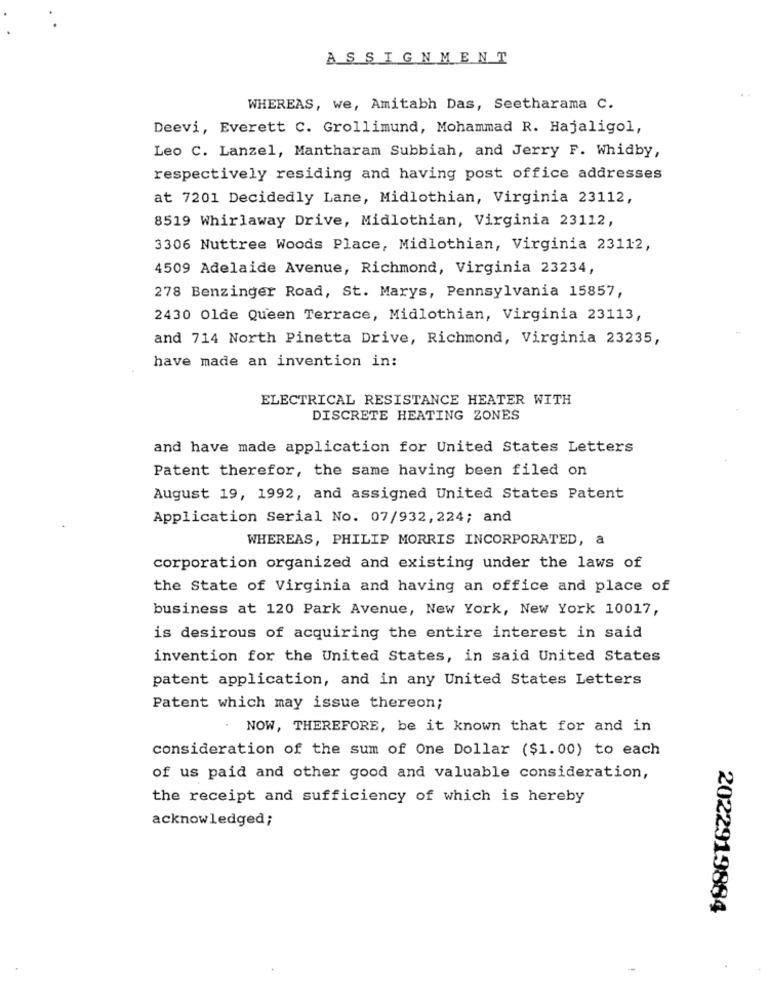
ASSIGNMENT
WHEREAS, we, Amitabh Das, Seetharama C.
Deevi, Everett C. Grollimund, Mohammad R. Hajaligol,
Leo C. Lanzel, Mantharam Subbiah, and Jerry F. Whidby,
respectively residing and having post office addresses
at 7201 Decidedly Lane, Midlothian, Virginia 23112,
8519 Whirlaway Drive, Midlothian, Virginia 23112,
3306 Nuttree Woods Place, Midlothian, Virginia 23112,
4509 Adelaide Avenue, Richmond, Virginia 23234,
278 Benzinger Road, St. Marys, Pennsylvania 15857,
2430 Olde Queen Terrace, Midlothian, Virginia 23113,
and 714 North Pinetta Drive, Richmond, Virginia 23235,
have made an invention in:
ELECTRICAL RESISTANCE HEATER WITH
DISCRETE HEATING ZONES
and have made application for United States Letters
Patent therefor, the same having been filed on
August 19, 1992, and assigned United States Patent
Application Serial No. 07/932, 224; and
WHEREAS, PHILIP MORRIS INCORPORATED, a
corporation organized and existing under the laws of
the State of Virginia and having an office and place of
business at 120 Park Avenue, New York, New York 10017,
is desirous of acquiring the entire interest in said
invention for the United States, in said United States
patent application, and in any United States Letters
Patent which may issue thereon;
NOW, THEREFORE, be it known that for and in
consideration of the sum of One Dollar ($1.00) to each
of us paid and other good and valuable consideration,
the receipt and sufficiency of which is hereby
acknowledged;
2022919884